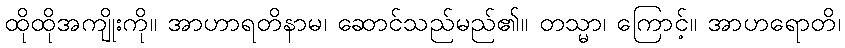
ထိုထိုအကျိုးကို။ အာဟာရတိနာမ၊ ဆောင်သည်မည်၏။ တသ္မာ၊ ကြောင့်။ အာဟရောတိ၊